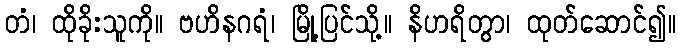
တံ၊ ထိုခိုးသူကို။ ဗဟိနဂရံ၊ မြို့ပြင်သို့။ နိဟရိတွာ၊ ထုတ်ဆောင်၍။